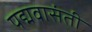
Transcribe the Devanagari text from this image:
पद्मवासंती